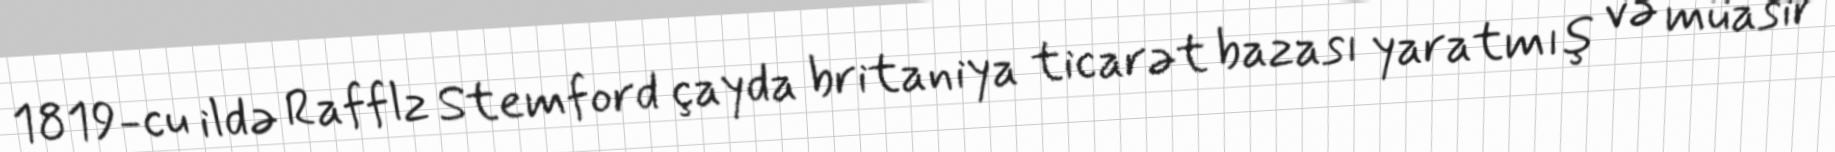
1819-cu ildə Rafflz Stemford çayda britaniya ticarət bazası yaratmış və müasir